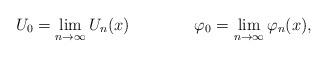
LaTeX: \begin{align*}U_0=\lim_{n\to\infty}U_n(x)\qquad\qquad\varphi_0=\lim_{n\to\infty}\varphi_n(x),\end{align*}